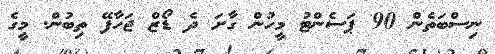
ނިސްބަތެން 90 ޕަސެންޓު މީހުން ގާށަ ދެ ޑޯޒް ޖަހާފޭ ތިބުން. މީގެ